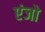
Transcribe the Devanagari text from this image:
एंजो